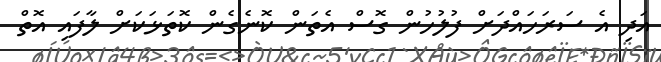
އަދި އެ ސަރަހައްދަށް ފުލުހުން ގޮސް އެތަން ކޮނެގެން ކޮތަޅަކަށް ލާފައި އޮތް